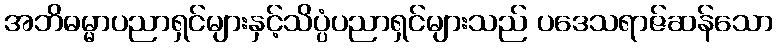
အဘိဓမ္မာပညာရှင်များနှင့်သိပ္ပံပညာရှင်များသည် ပဒေသရာဇ်ဆန်သော